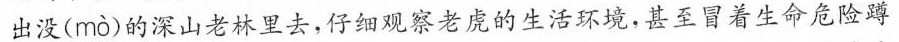
出没( mò )的深山老林里去，仔细观察老虎的生活环境，甚至冒着生命危险蹲